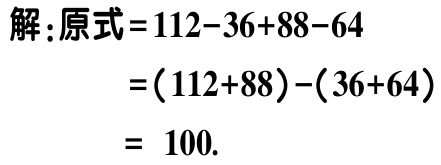
```
解：原式\(=112 - 36 + 88 - 64\)
\(=(112 + 88)-(36 + 64)\)
\(= 100\).
```